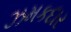
ઝમકદાર